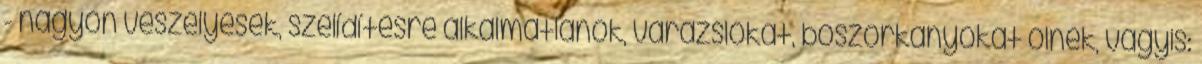
- nagyon veszélyesek, szelídítésre alkalmatlanok, varázslókat, boszorkányokat ölnek, vagyis: